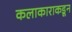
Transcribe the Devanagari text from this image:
कलाकाराकडून